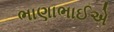
ભાણાભાઈએ